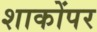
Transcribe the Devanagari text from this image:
शाकोंपर